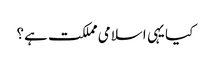
کیا یہی اسلامی مملکت ہے؟